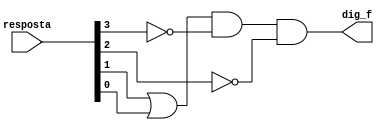
module f(resposta, dig_f);
	input [3:0] resposta;
	output dig_f;
	
	wire aux1, aux2, aux3;
	
	or or0(aux1, resposta[1], resposta[0]);
	not not0(aux2, resposta[3]);
	not not1(aux3, resposta[2]);
	and and0(dig_f, aux1, aux2, aux3);
endmodule